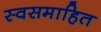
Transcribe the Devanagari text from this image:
स्वसमाहित